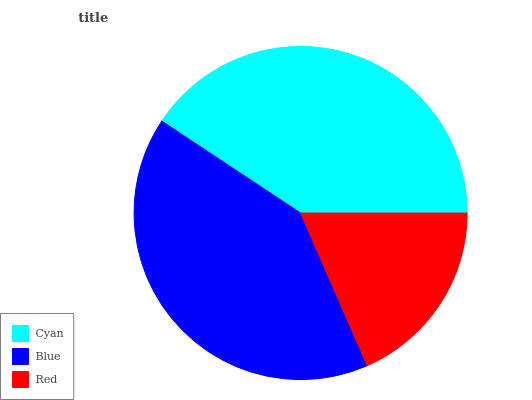
| Cyan | Blue | Red |
 | --- | --- | --- |
 | 40.7% | 40.9% | 18.4% |